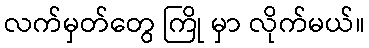
လက်မှတ်တွေ ကြို မှာ လိုက်မယ်။